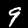
Digit: 9